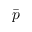
\bar { p }